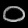
Digit: ၀